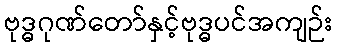
ဗုဒ္ဓဂုဏ်တော်နှင့်ဗုဒ္ဓပင်အကျဉ်း